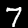
Label: 7